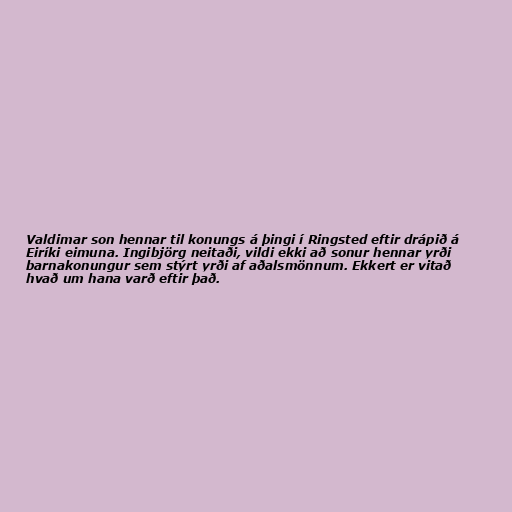
Valdimar son hennar til konungs á þingi í Ringsted eftir drápið á
Eiríki eimuna. Ingibjörg neitaði, vildi ekki að sonur hennar yrði
barnakonungur sem stýrt yrði af aðalsmönnum. Ekkert er vitað
hvað um hana varð eftir það.